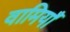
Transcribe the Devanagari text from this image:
वामियाँ